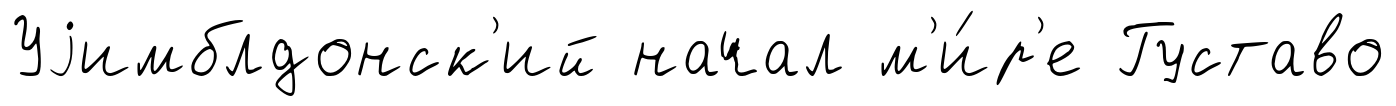
Уjимблдонск'ий начал м'и́р'е Густаво